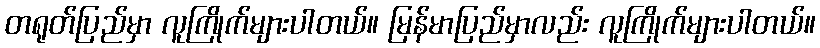
တရုတ်ပြည်မှာ လူကြိုက်များပါတယ်။ မြန်မာပြည်မှာလည်း လူကြိုက်များပါတယ်။